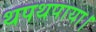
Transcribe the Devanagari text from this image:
थपथपाया।